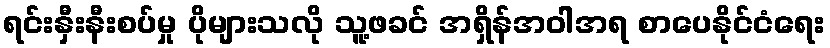
ရင်းနှီးနီးစပ်မှု ပိုများသလို သူ့ဖခင် အရှိန်အဝါအရ စာပေနိုင်ငံရေး